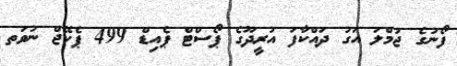
ފޯނުގެ ޖުމްލަ އަގު ދައްކާފަ އުރީދޫގެ ޕޯސްޓް ޕެއިޑް 499 ޕެކޭޖް ނުވަތ